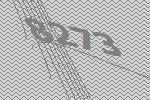
8273